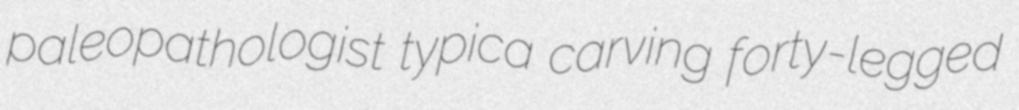
paleopathologist typica carving forty-legged